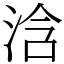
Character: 浛